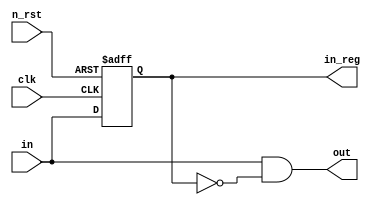
`timescale 1ns / 1ps
module edge2(clk, n_rst, in, out, in_reg);

input clk, n_rst, in;
output out;
output reg in_reg;

always @(posedge clk, negedge n_rst) begin
	if (!n_rst) begin
		in_reg <= 1'b0;
	end else begin
		in_reg <= in;
	end
end

assign out = in & ~in_reg;

endmodule